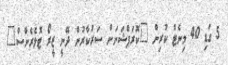
5 ގަޑި 40 މިނެޓް ކުރިން "ކޮރަޕްޝަނަށް ސަރުކާރުން ދޭނީ ޒީރޯ ޓޮލެރެންސް"